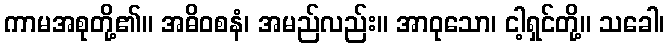
ကာမအစုတို့၏။ အဓိဝစနံ၊ အမည်လည်း။ အာဝုသော၊ ငါ့ရှင်တို့။ သခေါ၊